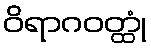
ဝိရာဂဝတ္ထုံ